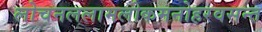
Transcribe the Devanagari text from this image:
लोचनललामलोकमनोहरवसन्त